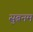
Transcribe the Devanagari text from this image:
सुब्रनम